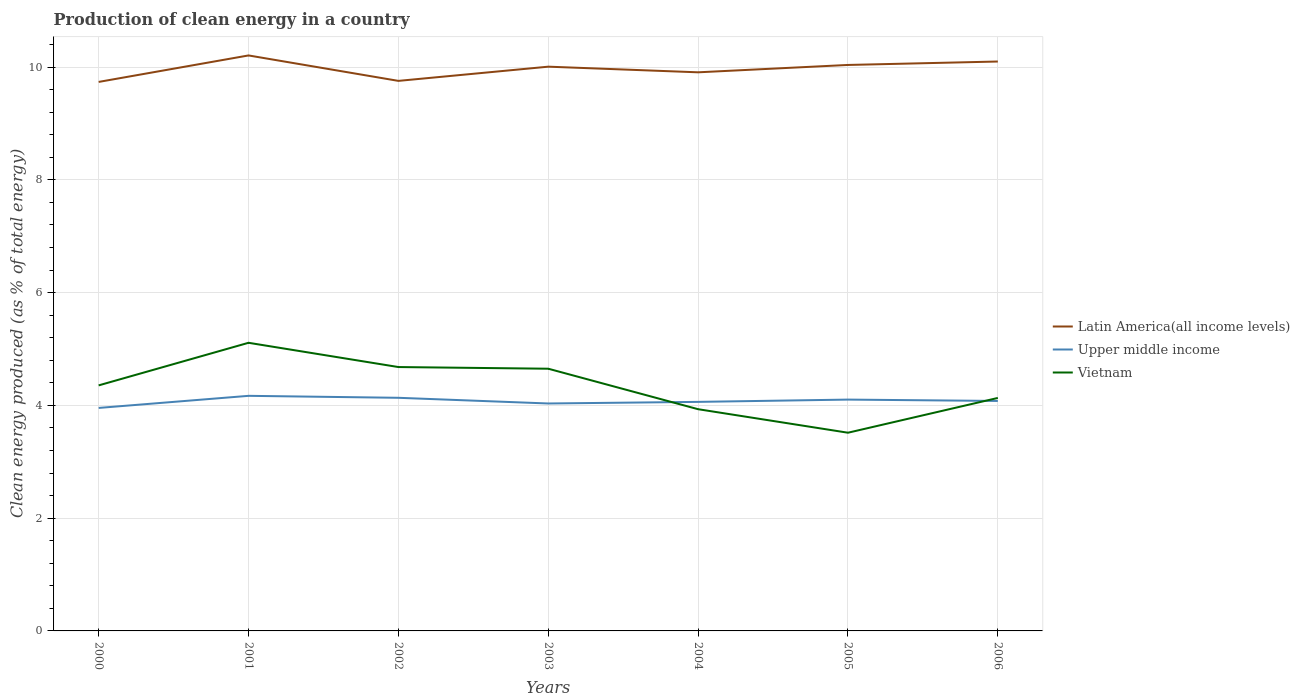
| Years | Latin America(all income levels) | Upper middle income | Vietnam |
 | --- | --- | --- | --- |
 | 2000 | 9.74 | 3.95 | 4.35 |
 | 2001 | 10.2 | 4.17 | 5.11 |
 | 2002 | 9.76 | 4.13 | 4.68 |
 | 2003 | 10 | 4.03 | 4.65 |
 | 2004 | 9.91 | 4.06 | 3.93 |
 | 2005 | 10 | 4.1 | 3.52 |
 | 2006 | 10.1 | 4.08 | 4.13 |